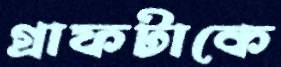
গ্রাফটাকে